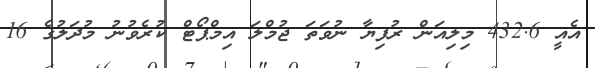
އެއީ 432.6 މިލިއަން ރުފިޔާ ނުވަތަ ޖުމްލަ އިމްޕޯޓް ކުރެވުނު މުދަލުގެ 16